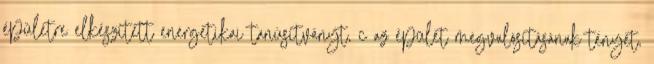
épületre elkészített energetikai tanúsítványt, c az épület megvalósításának tényét,